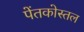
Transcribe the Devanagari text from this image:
पेंतकोस्तल